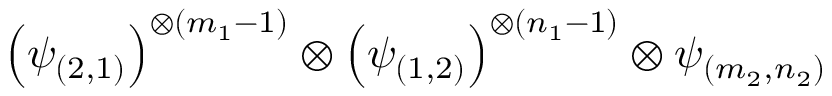
\left( \psi _ { ( 2 , 1 ) } \right) ^ { \otimes ( m _ { 1 } - 1 ) } \otimes \left( \psi _ { ( 1 , 2 ) } \right) ^ { \otimes ( n _ { 1 } - 1 ) } \otimes \psi _ { ( m _ { 2 } , n _ { 2 } ) }